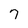
Character: 7